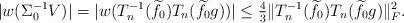
LaTeX: \begin{align*}|w(\Sigma_0^{-1}V)| = |w(T_n^{-1}(\widetilde{f}_0) T_n(\widetilde{f}_0g))| \leq \tfrac{4}{3}\|T_n^{-1}(\widetilde{f}_0) T_n(\widetilde{f}_0g)\|_F^2.\end{align*}